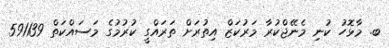
ބ. މާޅޮހު ކުނި މެނޭޖްކުރާ މަރުކަޒް އިތުރަށް ތަރައްގީ ކުރުމުގެ މަސައްކަތް 591139